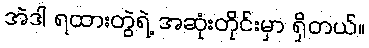
အဲဒါ ရထားတွဲရဲ့ အဆုံးတိုင်းမှာ ရှိတယ်။